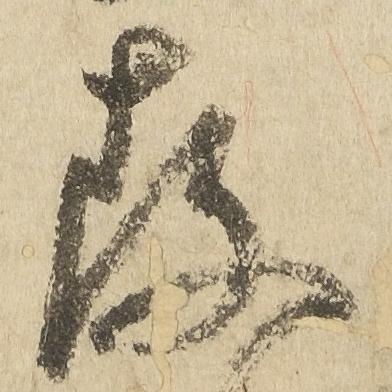
存